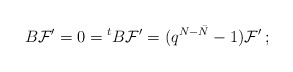
\begin{align*}B{\cal F}' = 0 = {^tB}{\cal F}' = (q^{N-\bar N}-1){\cal F}'\,;\end{align*}